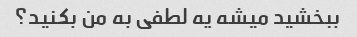
ببخشید میشه یه لطفی به من بکنید؟